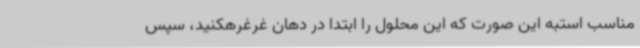
مناسب استبه این صورت که این محلول را ابتدا در دهان غرغرهکنید، سپس